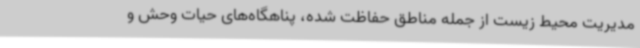
مدیریت محیط زیست از جمله مناطق حفاظت شده، پناهگاه‌های حیات وحش و